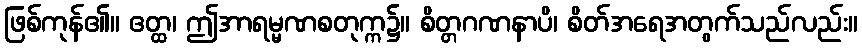
ဖြစ်ကုန်၏။ ဧတ္ထ၊ ဤအာရမ္မဏစတုက္က၌။ စိတ္တဂဏနာပိ၊ စိတ်အရေအတွက်သည်လည်း။